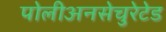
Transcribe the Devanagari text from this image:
पोलीअनसेचुरेटेड